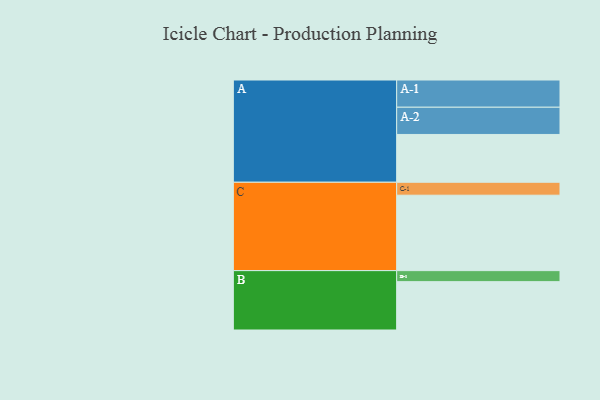
{"axis": {"x": "Segment", "y": "Value"}, "legend": ["", "A", "B", "C"], "data": [{"x": "A", "y": 351, "type": ""}, {"x": "B", "y": 355, "type": ""}, {"x": "C", "y": 554, "type": ""}, {"x": "A-1", "y": 200, "type": "A"}, {"x": "A-2", "y": 200, "type": "A"}, {"x": "B-1", "y": 81, "type": "B"}, {"x": "C-1", "y": 95, "type": "C"}]}